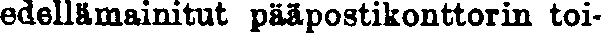
edellämainitut pääpostikonttorin toi-